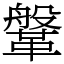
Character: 鞶